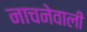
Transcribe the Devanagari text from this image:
नाचनेवाली